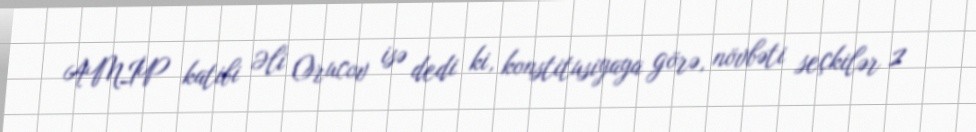
AMİP katibi Əli Orucov isə dedi ki, konstitusiyaya görə, növbəti seçkilər 2